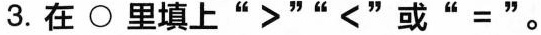
3.在\bigcirc里填上 ””<' 或”=”。